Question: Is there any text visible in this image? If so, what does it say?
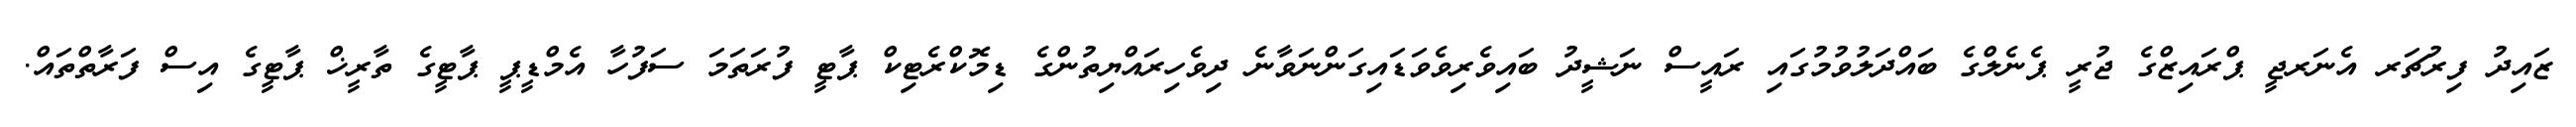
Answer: ޒައިދު ފިރުޗަރ އެނަރޖީ ޕްރައިޒްގެ ޖުރީ ޕެނެލްގެ ބައްދަލުވުމުގައި ރައީސް ނަޝީދު ބައިވެރިވެވަޑައިގަންނަވާނެ ދިވެހިރައްޔިތުންގެ ޑިމޮކްރެޓިކް ޕާޓީ ފުރަތަމަ ސަފުހާ އެމްޑީޕީ ޕާޓީގެ ތާރީޚް ޕާޓީގެ އިސް ފަރާތްތައް.